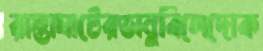
রাস্তাঘাটেরভানুবিলেদোক